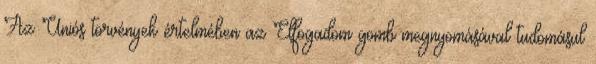
Az Uniós törvények értelmében az Elfogadom gomb megnyomásával tudomásul